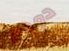
دودج